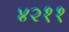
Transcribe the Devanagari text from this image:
४२११